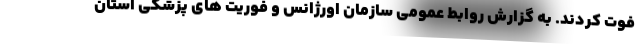
فوت کردند. به گزارش روابط عمومی سازمان اورژانس و فوریت های پزشکی استان